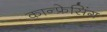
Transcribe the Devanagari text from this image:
कान्फ्रेसिंग